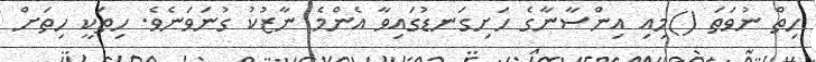
ހިތް ނުވަތަ ()މިއި އިންސާނާގެ ހަށިގަނޑުގައިވާ އެންމެ ނާޒުކު ގުނަވަނެވެ. ހިތަކީ ހިތަށް